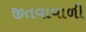
જીતવાવાળી